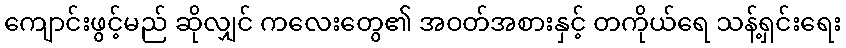
ကျောင်းဖွင့်မည် ဆိုလျှင် ကလေးတွေ၏ အဝတ်အစားနှင့် တကိုယ်ရေ သန့်ရှင်းရေး